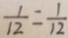
\frac { 1 } { 1 2 } = \frac { 1 } { 1 2 }